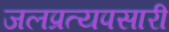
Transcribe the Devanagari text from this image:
जलप्रत्यपसारी